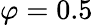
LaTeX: \varphi=0.5